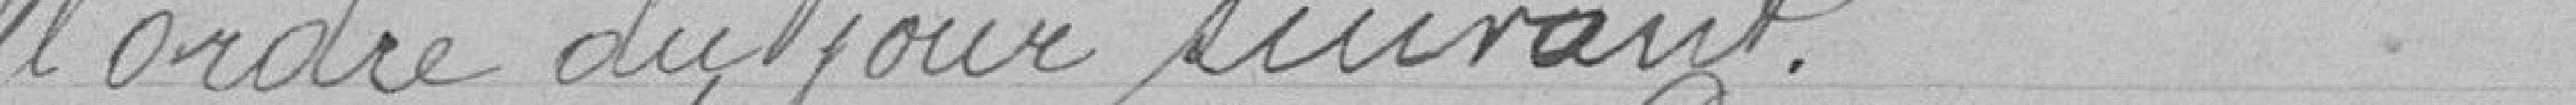
l'ordre du jour suivant.